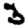
Digit: 3